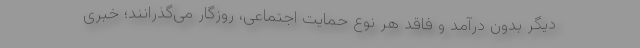
دیگر بدون درآمد و فاقد هر نوع حمایت اجتماعی، روزگار می‌گذرانند؛ خبری